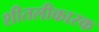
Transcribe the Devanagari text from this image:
शीतलीकारक